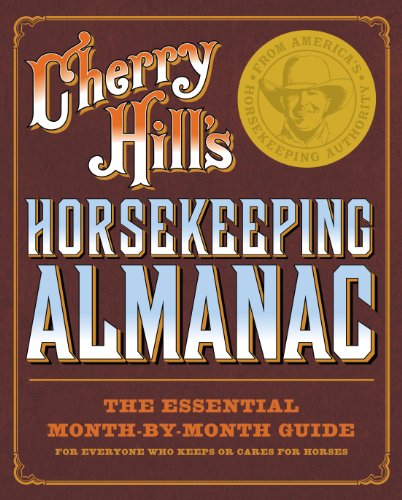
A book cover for Cherry Hill's Horsekeeping Almanac; Cherry Hill; Medical Books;